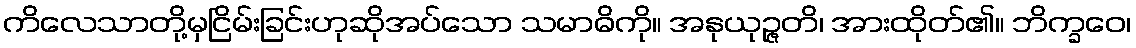
ကိလေသာတို့မှငြိမ်းခြင်းဟုဆိုအပ်သော သမာဓိကို။ အနုယုဉ္ဇတိ၊ အားထိုတ်၏။ ဘိက္ခဝေ၊